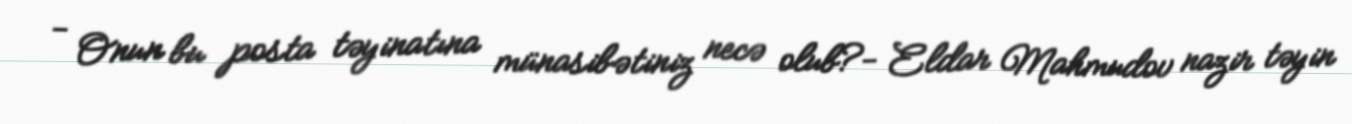
- Onun bu posta təyinatına münasibətiniz necə olub?- Eldar Mahmudov nazir təyin